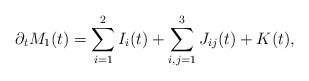
LaTeX: \begin{align*}\partial_tM_1(t)=\sum_{i=1}^2I_{i}(t)+\sum_{i,j=1}^3J_{ij}(t)+K(t),\end{align*}